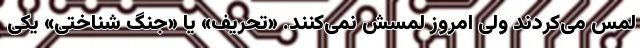
لمس می‌کردند ولی امروز لمسش نمی‌کنند. «تحریف» یا «جنگ شناختی» یکی